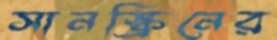
সানস্ক্রিনের